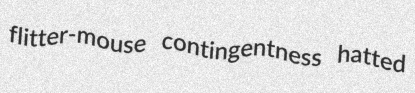
flitter-mouse contingentness hatted